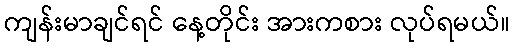
ကျန်းမာချင်ရင် နေ့တိုင်း အားကစား လုပ်ရမယ်။